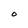
Character: O